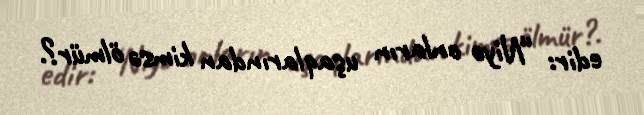
edir: “Niyə onların uşaqlarından kimsə ölmür?.